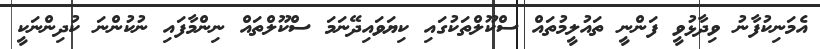
އެމަނިކުފާނު ވިދާޅުވީ ފަންނީ ތައުލީމުތައް ސްކޫލްތަކުގައި ކިޔަވައިދޭނަމަ ސްކޫލްތައް ނިންމާފަައި ނުކުންނަ ކުދިންނަކީ